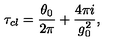
\tau _ { c l } = { \frac { \theta _ { 0 } } { 2 \pi } } + { \frac { 4 \pi i } { g _ { 0 } ^ { 2 } } } ,